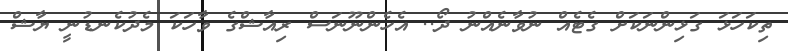
ތިކަހަޅަ ގަޅިންނަކަށް ގެޓެއް ނުވާނެއްނު ދޯ.. އެހެންނޫނަސް ރިއާޝްގެ ވާހަކަ މެދުކެނޑުނީ ޔާޝް